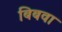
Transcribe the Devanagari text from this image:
बिबवा